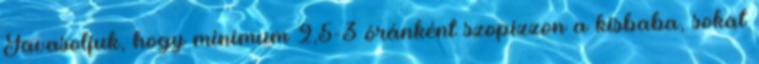
Javasoljuk, hogy minimum 2,5-3 óránként szopizzon a kisbaba, sokat